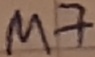
Text: M7